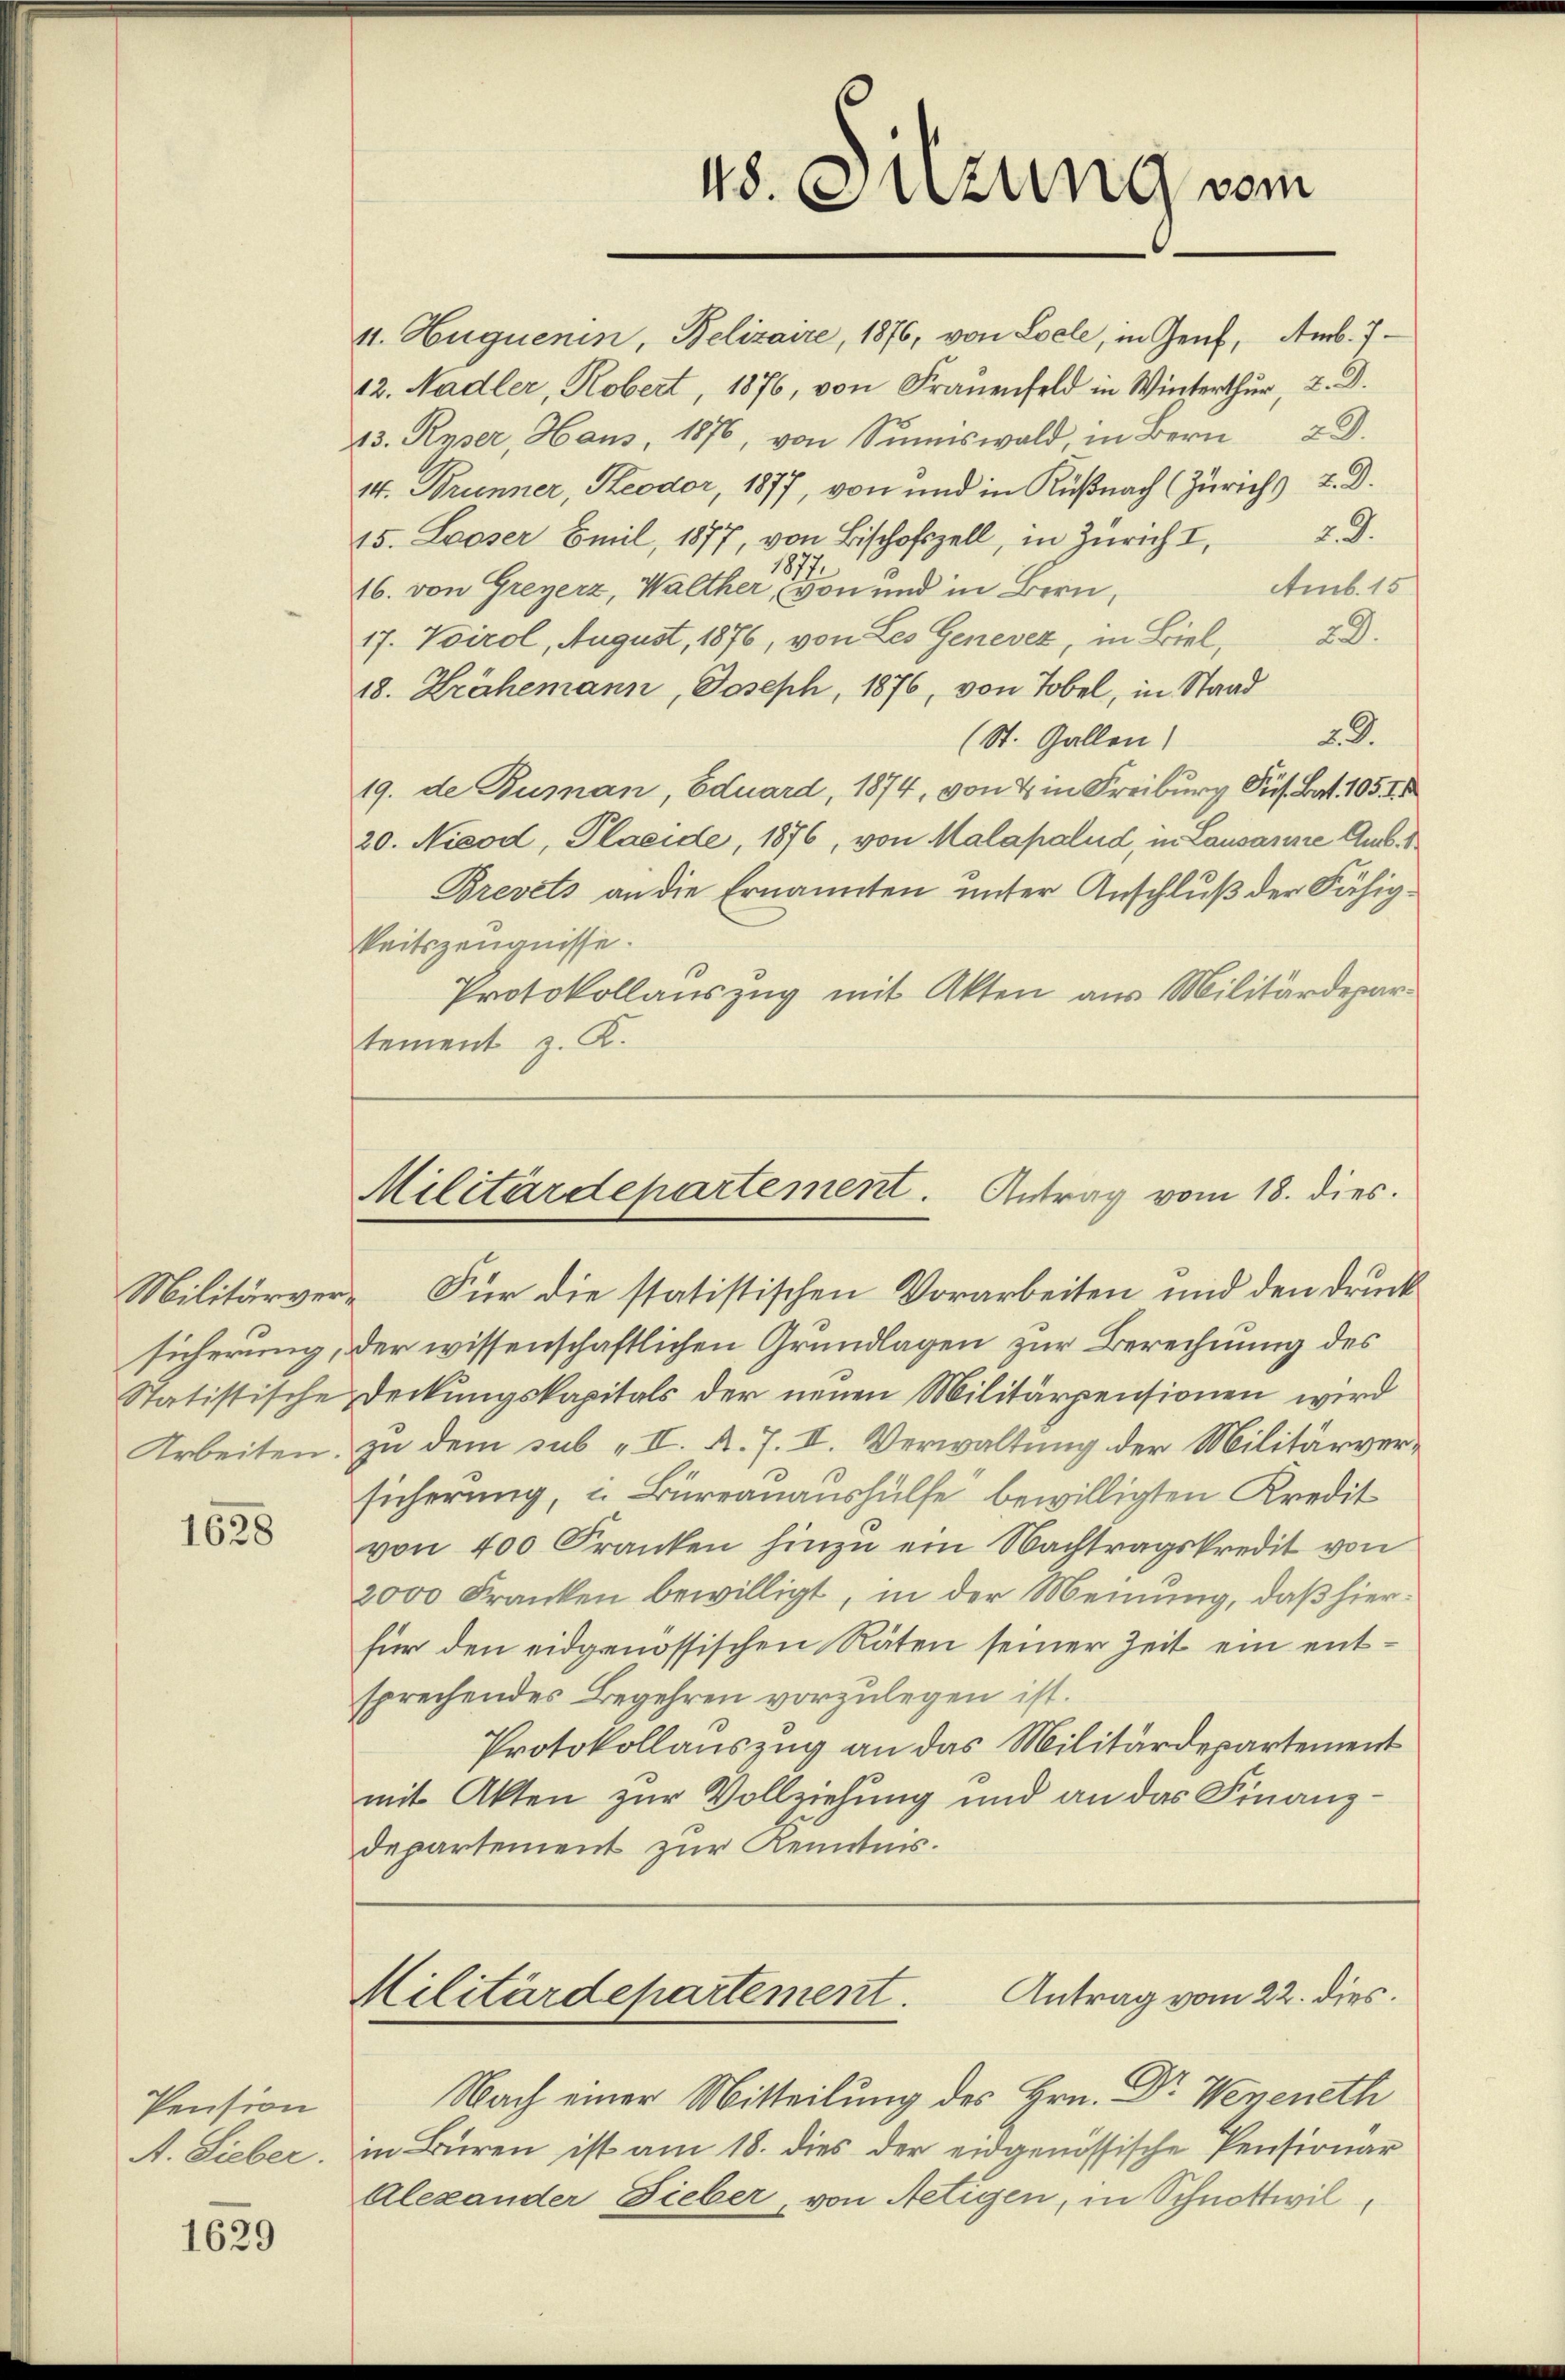
sicherung,
Arbeiten.

1628

Pension

1629

11. Auguenin, Belizaire, 1876, von Loele, in Genf, Amb. 7
12. Nadler, Kobert, 1876, von Frauenfeld in Winterthur, 2. D.
43. Reser, Hans, 1876, von Simiswald, in Bern 28.
14. Brunner, Keodor, 1877, von und in Küßnach (Zürich 2. D.
2. d.
15. Looser Emil, 1877, von Bischofzell, in Zürich I,
Amb. 15.
16. von Greyerz, Walther von und in Bern,
17. Tirol, August, 1876, von Les Genevez, in Biel, 2 D
18. Krähemann, Joseph, 1876, von Tobel, in Staad
29.
(St. Gallen)
19. de Buman, Eduard, 1874, von & in Freiburg Sus. Bat. 1054
20. Nicod, Placide, 1876, von Malapalud, in Lausanne Amb.
Brevets an die Ernannten unter Anschluß der Fähigkeitszeugnisse.
Protokollauszug mit Akten aus Militärdepartement z. K.

Militärver- Für die statistischen Vorarbeiten und den Druck
der wissenschaftlichen Grundlagen zur Berechnung des
Statistische Deckungskapitals der neuen Militärpensionen wird
zu dem sub II. A. 7. II. Verwaltung der Militärversicherung, in Bureauaushülfe bewilligten Kredit
von 400 Franken hinzu ein Nachtragskredit von
2000 Franken bewilligt, in der Meinung, daß hierfür den eidgenössischen Räten seiner Zeit ein entsprechendes Begehren vorzulegen ist.
Protokollauszug an das Militärdepartement
mit Akten zur Vollziehung und an das Finanzdepartement zur Kenntnis.

48. Sitzung vom

Militärdepartement. Antrag vom 18. dies

Antrag vom 22. dies
Militärdepartement.

Nach einer Mitteilung des Hrn. Dr. Wegeneth
A. Sieber. in Büren ist am 18. dies der eidgenössische Pensionar
Alexander Fieber, von Netigen, in Schnottwil¬